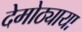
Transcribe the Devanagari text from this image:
देमोठ्याया